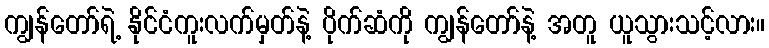
ကျွန်တော်ရဲ့ နိုင်ငံကူးလက်မှတ်နဲ့ ပိုက်ဆံကို ကျွန်တော်နဲ့ အတူ ယူသွားသင့်လား။